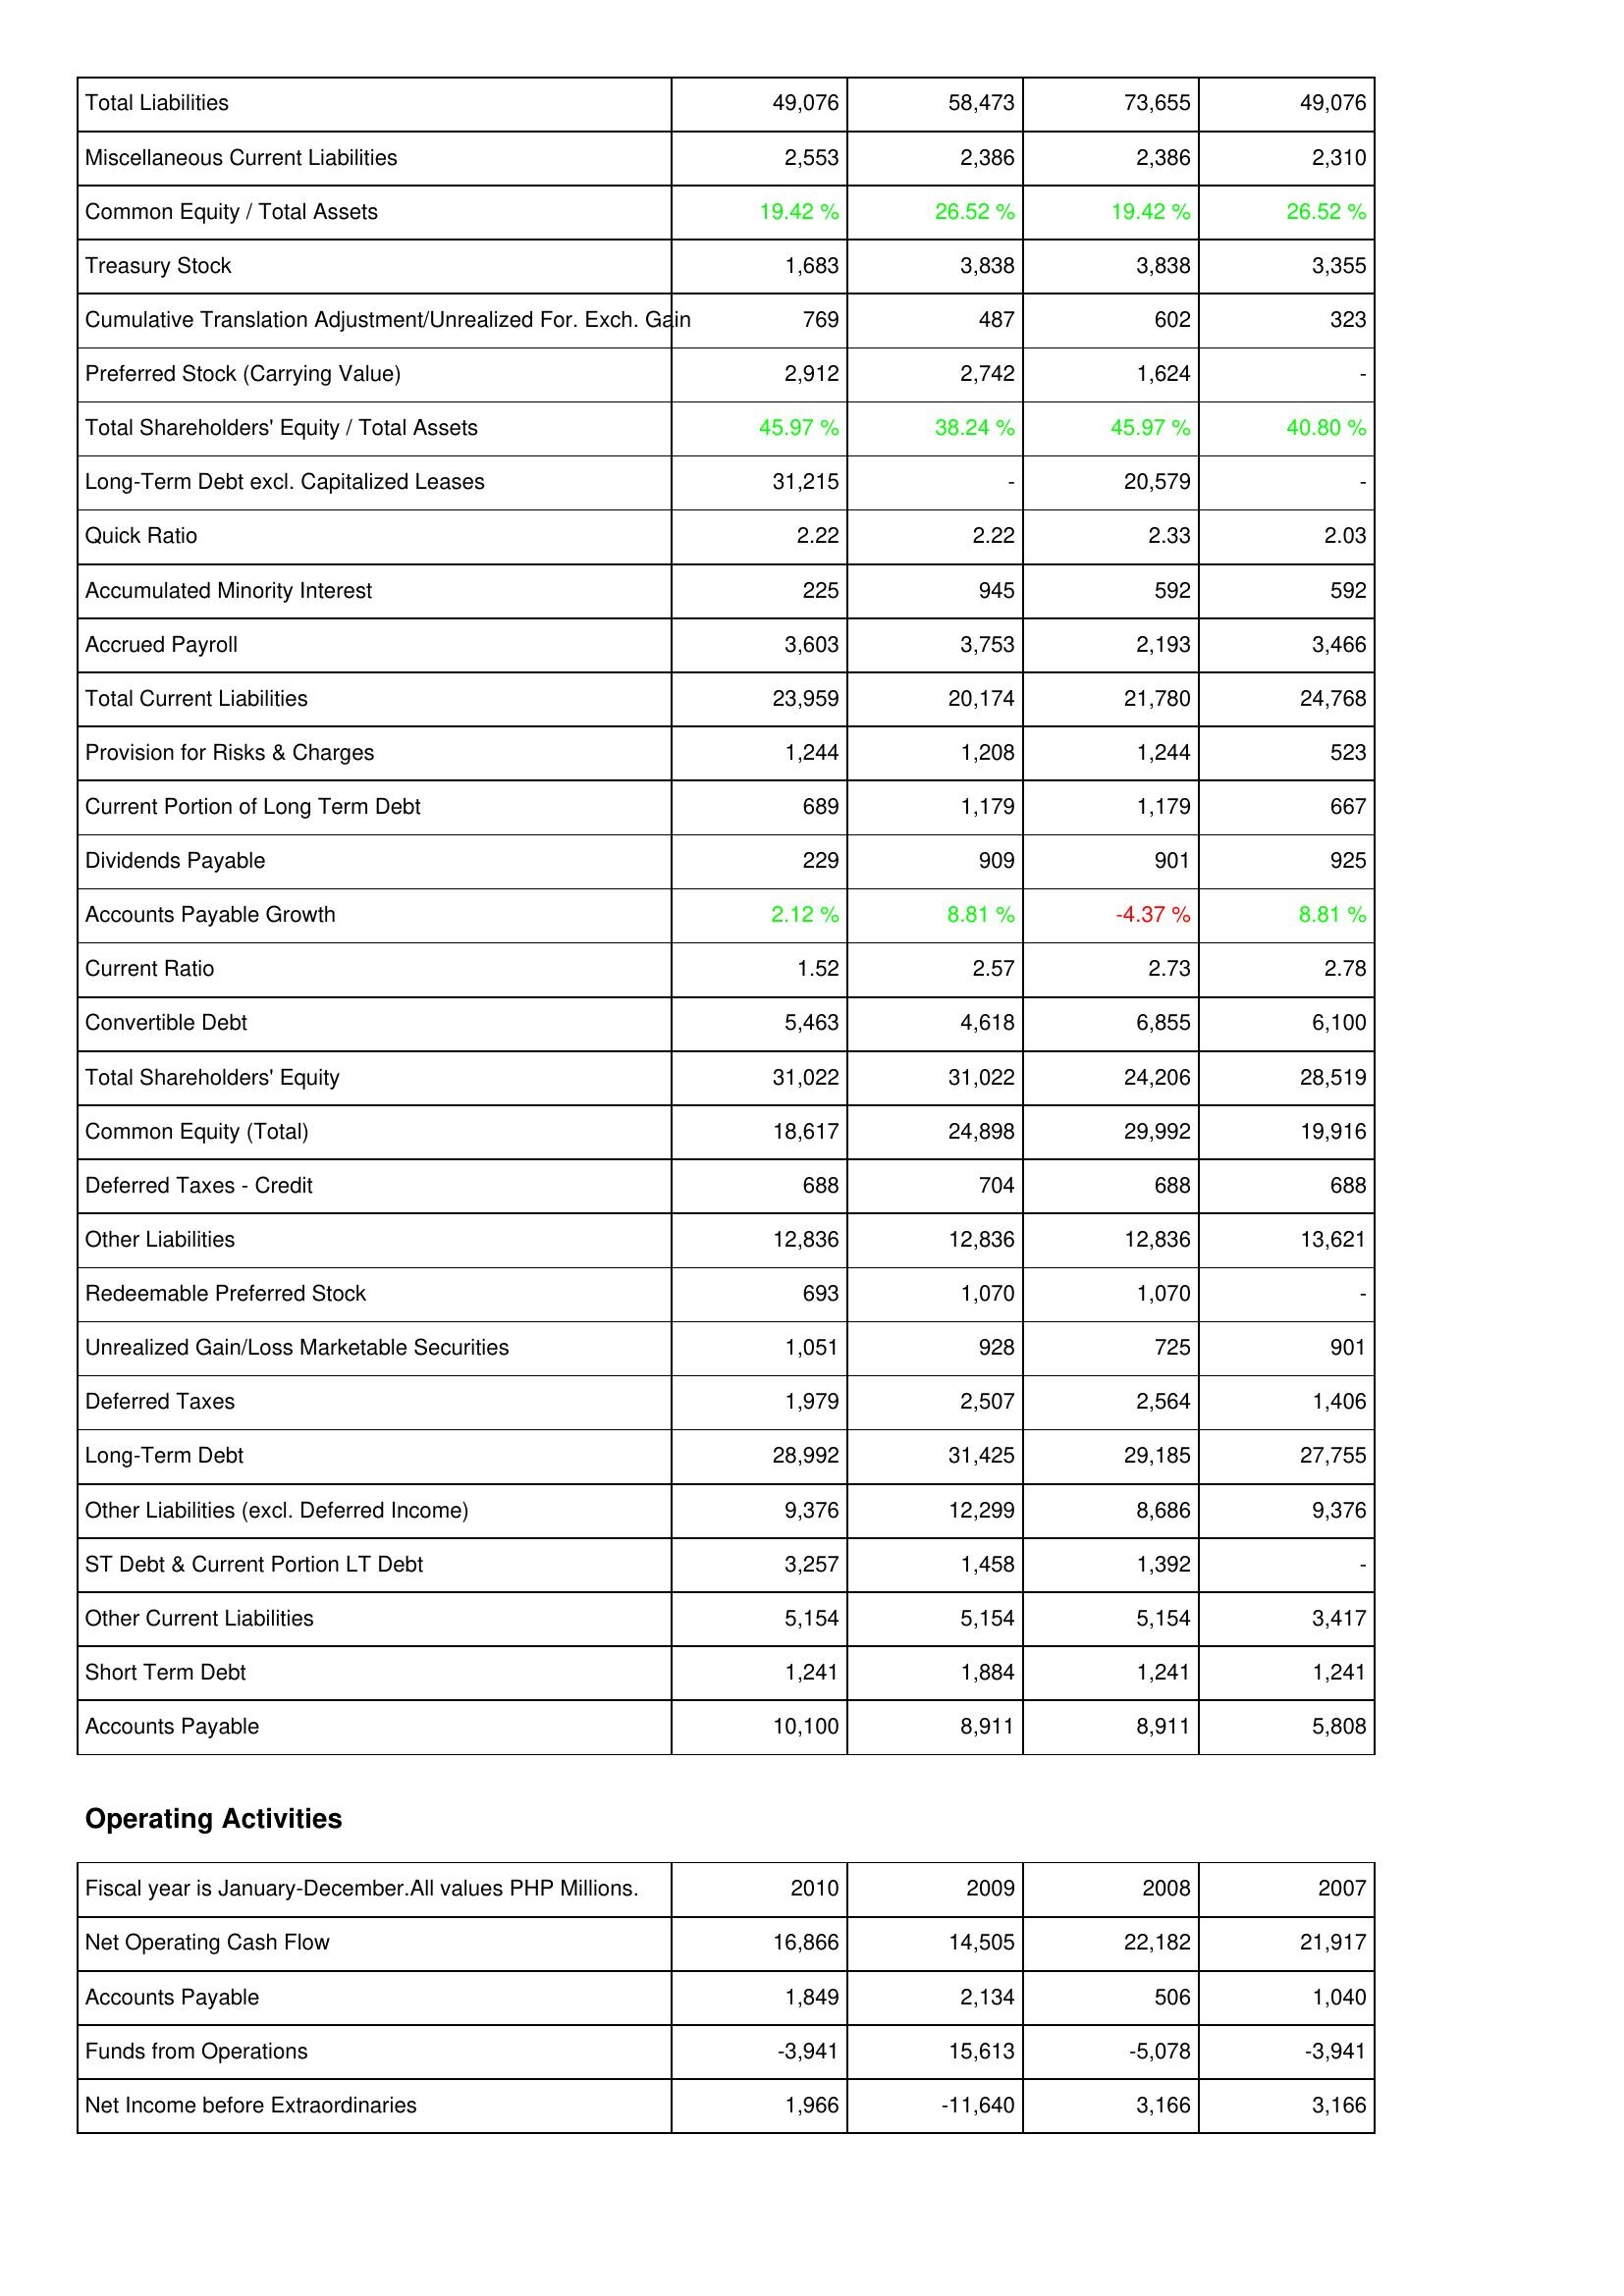
2010: Liabilities & Shareholders' Equity: Total Liabilities: 49,076
Miscellaneous Current Liabilities: 2,553
Common Equity / Total Assets: 19.42 %
Treasury Stock: 1,683
Cumulative Translation Adjustment/Unrealized For. Exch. Gain: 769
Preferred Stock (Carrying Value): 2,912
Total Shareholders' Equity / Total Assets: 45.97 %
Long-Term Debt excl. Capitalized Leases: 31,215
Quick Ratio: 2.22
Accumulated Minority Interest: 225
Accrued Payroll: 3,603
Total Current Liabilities: 23,959
Provision for Risks & Charges: 1,244
Current Portion of Long Term Debt: 689
Dividends Payable: 229
Accounts Payable Growth: 2.12 %
Current Ratio: 1.52
Convertible Debt: 5,463
Total Shareholders' Equity: 31,022
Common Equity (Total): 18,617
Deferred Taxes - Credit: 688
Other Liabilities: 12,836
Redeemable Preferred Stock: 693
Unrealized Gain/Loss Marketable Securities: 1,051
Deferred Taxes: 1,979
Long-Term Debt: 28,992
Other Liabilities (excl. Deferred Income): 9,376
ST Debt & Current Portion LT Debt: 3,257
Other Current Liabilities: 5,154
Short Term Debt: 1,241
Accounts Payable: 10,100
Operating Activities: Net Operating Cash Flow: 16,866
Accounts Payable: 1,849
Funds from Operations: -3,941
Net Income before Extraordinaries: 1,966
2009: Liabilities & Shareholders' Equity: Total Liabilities: 58,473
Miscellaneous Current Liabilities: 2,386
Common Equity / Total Assets: 26.52 %
Treasury Stock: 3,838
Cumulative Translation Adjustment/Unrealized For. Exch. Gain: 487
Preferred Stock (Carrying Value): 2,742
Total Shareholders' Equity / Total Assets: 38.24 %
Long-Term Debt excl. Capitalized Leases: -
Quick Ratio: 2.22
Accumulated Minority Interest: 945
Accrued Payroll: 3,753
Total Current Liabilities: 20,174
Provision for Risks & Charges: 1,208
Current Portion of Long Term Debt: 1,179
Dividends Payable: 909
Accounts Payable Growth: 8.81 %
Current Ratio: 2.57
Convertible Debt: 4,618
Total Shareholders' Equity: 31,022
Common Equity (Total): 24,898
Deferred Taxes - Credit: 704
Other Liabilities: 12,836
Redeemable Preferred Stock: 1,070
Unrealized Gain/Loss Marketable Securities: 928
Deferred Taxes: 2,507
Long-Term Debt: 31,425
Other Liabilities (excl. Deferred Income): 12,299
ST Debt & Current Portion LT Debt: 1,458
Other Current Liabilities: 5,154
Short Term Debt: 1,884
Accounts Payable: 8,911
Operating Activities: Net Operating Cash Flow: 14,505
Accounts Payable: 2,134
Funds from Operations: 15,613
Net Income before Extraordinaries: -11,640
2008: Liabilities & Shareholders' Equity: Total Liabilities: 73,655
Miscellaneous Current Liabilities: 2,386
Common Equity / Total Assets: 19.42 %
Treasury Stock: 3,838
Cumulative Translation Adjustment/Unrealized For. Exch. Gain: 602
Preferred Stock (Carrying Value): 1,624
Total Shareholders' Equity / Total Assets: 45.97 %
Long-Term Debt excl. Capitalized Leases: 20,579
Quick Ratio: 2.33
Accumulated Minority Interest: 592
Accrued Payroll: 2,193
Total Current Liabilities: 21,780
Provision for Risks & Charges: 1,244
Current Portion of Long Term Debt: 1,179
Dividends Payable: 901
Accounts Payable Growth: -4.37 %
Current Ratio: 2.73
Convertible Debt: 6,855
Total Shareholders' Equity: 24,206
Common Equity (Total): 29,992
Deferred Taxes - Credit: 688
Other Liabilities: 12,836
Redeemable Preferred Stock: 1,070
Unrealized Gain/Loss Marketable Securities: 725
Deferred Taxes: 2,564
Long-Term Debt: 29,185
Other Liabilities (excl. Deferred Income): 8,686
ST Debt & Current Portion LT Debt: 1,392
Other Current Liabilities: 5,154
Short Term Debt: 1,241
Accounts Payable: 8,911
Operating Activities: Net Operating Cash Flow: 22,182
Accounts Payable: 506
Funds from Operations: -5,078
Net Income before Extraordinaries: 3,166
2007: Liabilities & Shareholders' Equity: Total Liabilities: 49,076
Miscellaneous Current Liabilities: 2,310
Common Equity / Total Assets: 26.52 %
Treasury Stock: 3,355
Cumulative Translation Adjustment/Unrealized For. Exch. Gain: 323
Preferred Stock (Carrying Value): -
Total Shareholders' Equity / Total Assets: 40.80 %
Long-Term Debt excl. Capitalized Leases: -
Quick Ratio: 2.03
Accumulated Minority Interest: 592
Accrued Payroll: 3,466
Total Current Liabilities: 24,768
Provision for Risks & Charges: 523
Current Portion of Long Term Debt: 667
Dividends Payable: 925
Accounts Payable Growth: 8.81 %
Current Ratio: 2.78
Convertible Debt: 6,100
Total Shareholders' Equity: 28,519
Common Equity (Total): 19,916
Deferred Taxes - Credit: 688
Other Liabilities: 13,621
Redeemable Preferred Stock: -
Unrealized Gain/Loss Marketable Securities: 901
Deferred Taxes: 1,406
Long-Term Debt: 27,755
Other Liabilities (excl. Deferred Income): 9,376
ST Debt & Current Portion LT Debt: -
Other Current Liabilities: 3,417
Short Term Debt: 1,241
Accounts Payable: 5,808
Operating Activities: Net Operating Cash Flow: 21,917
Accounts Payable: 1,040
Funds from Operations: -3,941
Net Income before Extraordinaries: 3,166